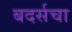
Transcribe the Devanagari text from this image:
बदर्सचा